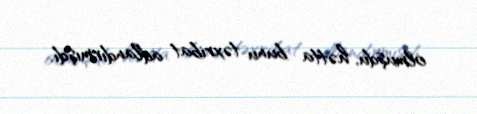
olmuşdu, hətta bunu təxribat adlandırmışdı.